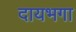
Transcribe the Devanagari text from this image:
दायभगा